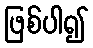
ဖြစ်ပါ၍